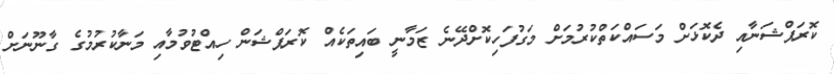
ކޮރަޕްޝަނާއި ދެކޮޅަށް މަސައްކަތްކުރުމަށް މަގުފަހިކޮށްދޭނެ ޒަމާނީ ބައިތަކެއް ކޮރަޕްޝަން ހިއްޓުވުމާއި މަނާކުރުމުގެ ގާނޫނަށް